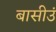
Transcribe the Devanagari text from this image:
बासीउं